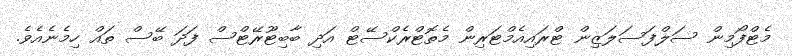
މެޓްފޯމިން ސަލްފަސަލަޒިން ޓްރައިއެމްޓަރިން މެތޮޓްރެކްސޭޓް އަދި ބާބިޓޫރޭޓްސް ފަދަ ބޭސް ތައް ހިމެނެއެވެ.